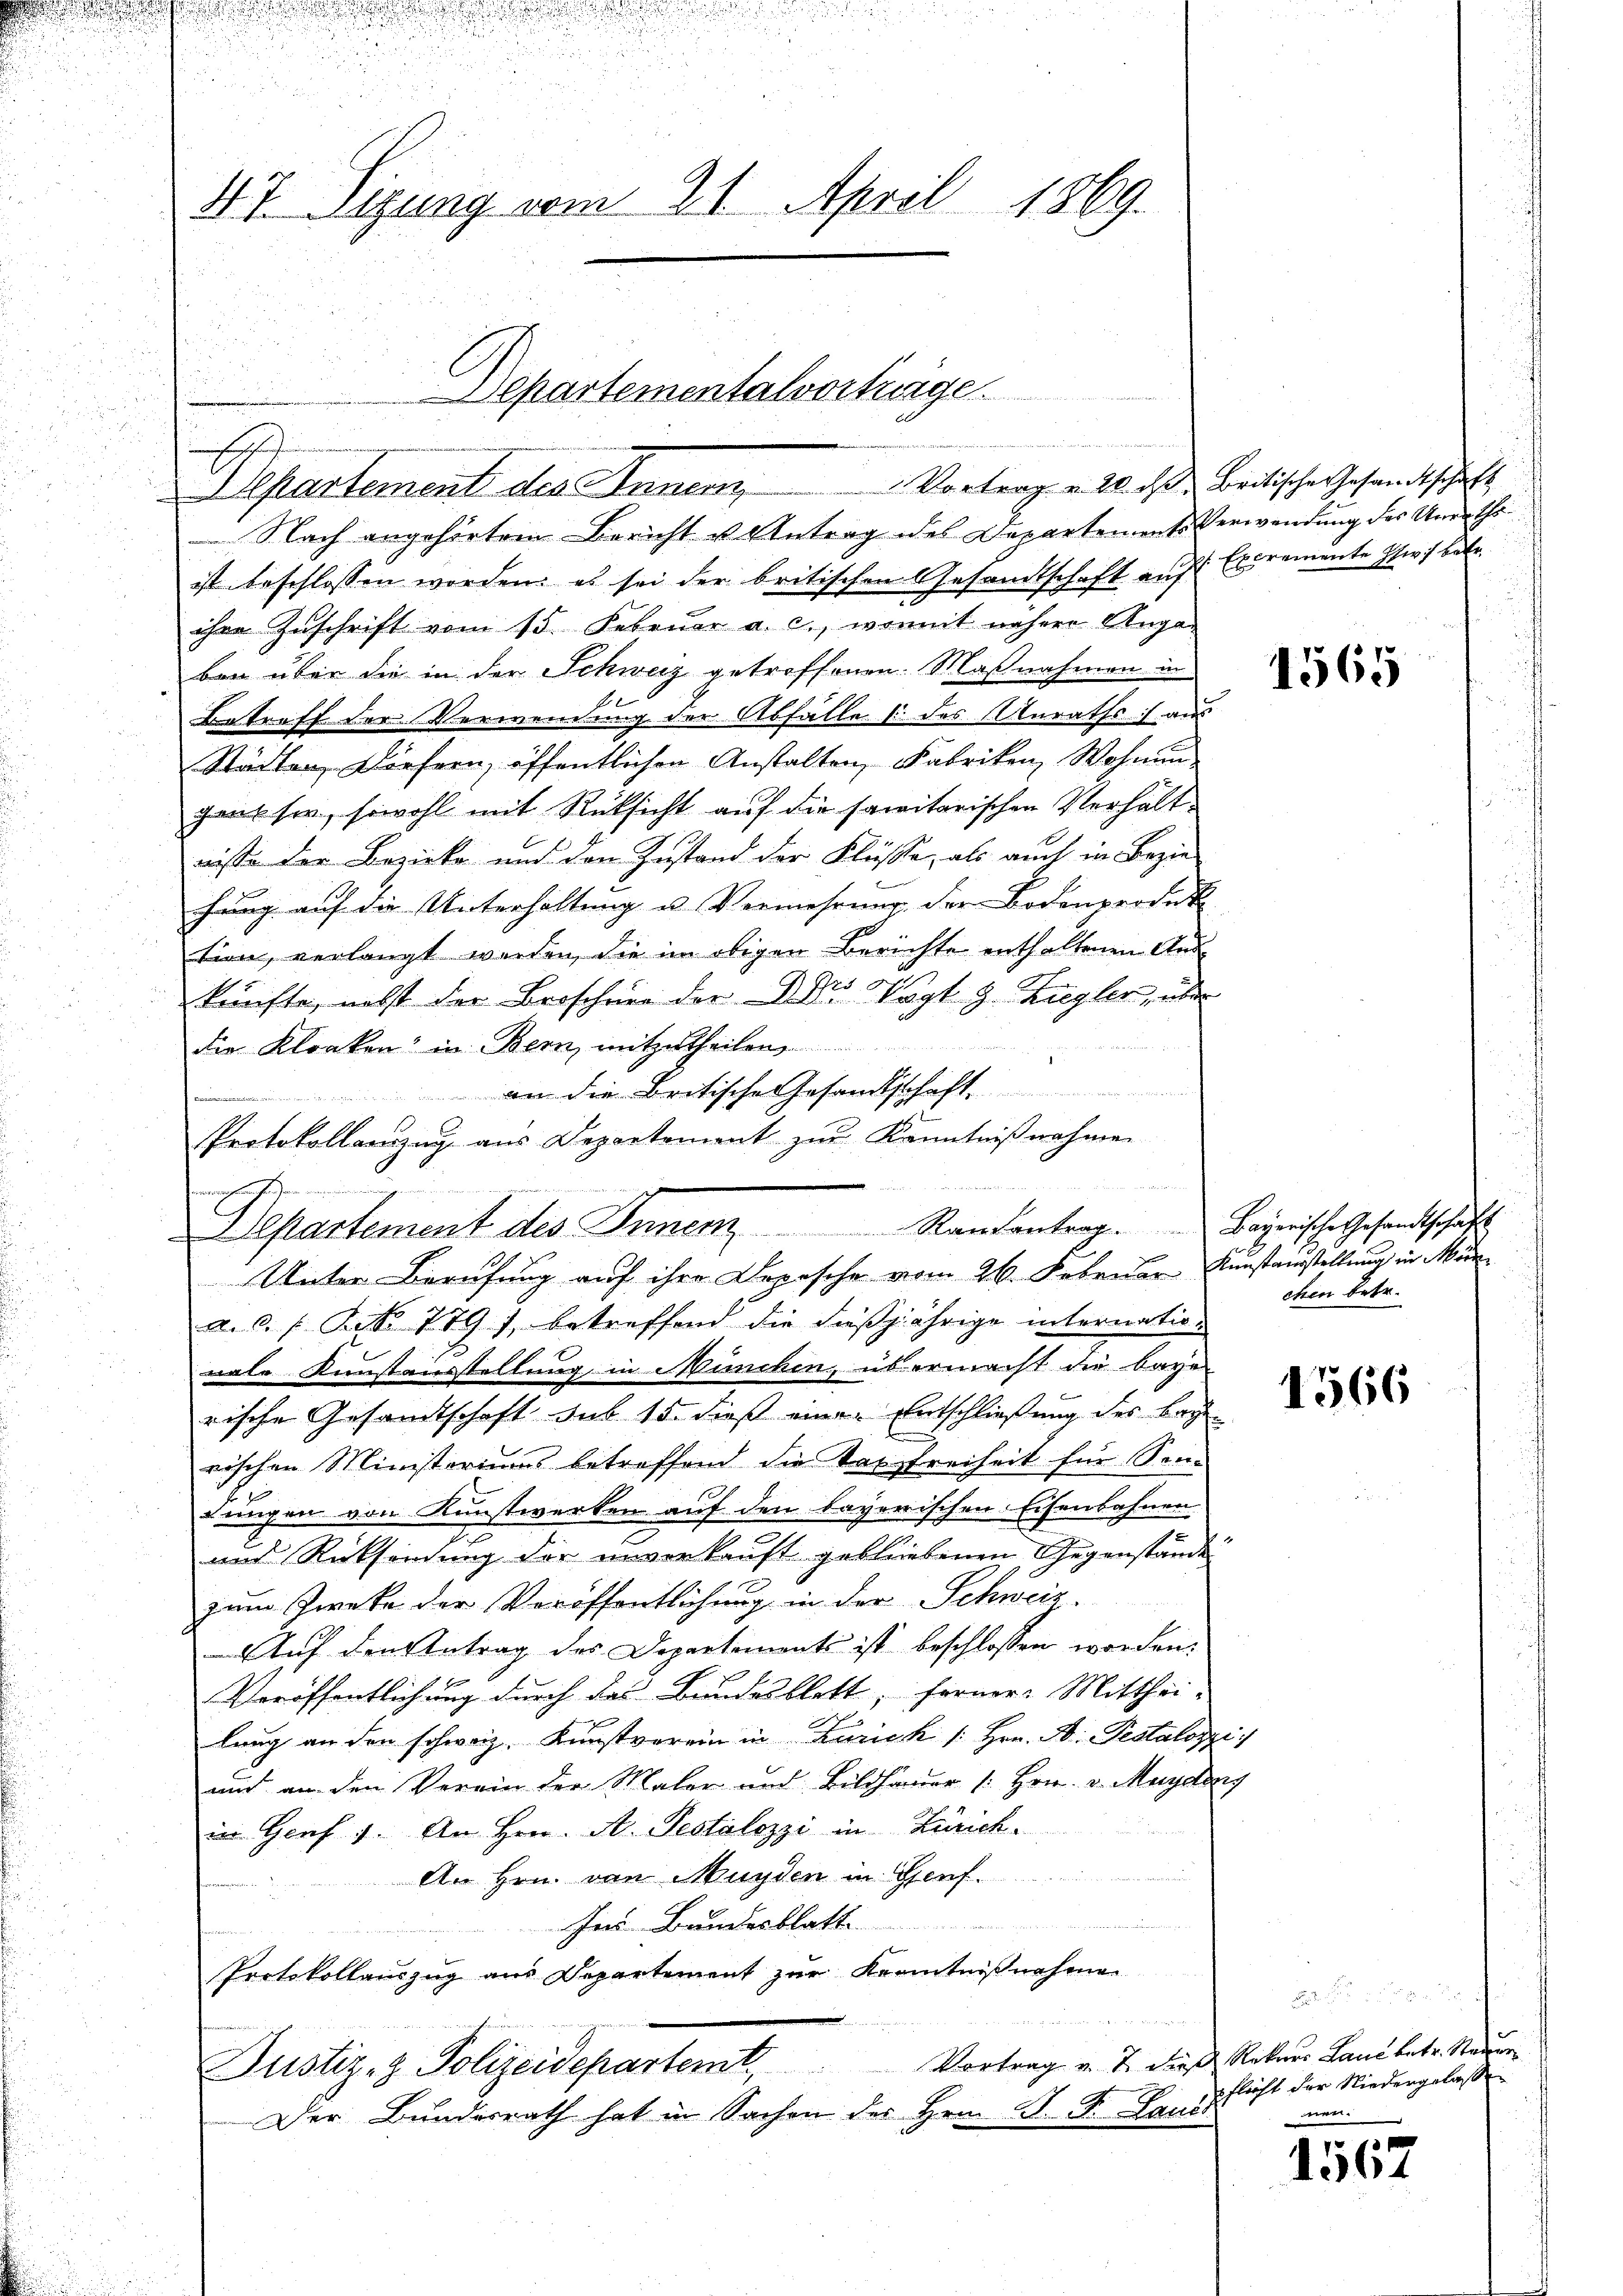
r
47. Sigung vom 21. April 1869.

u
Departement des Sanen

Nach angehörtem Bericht u Antrag des Departements Verwendung der Unrathsist beschlossen worden, es sei der britischen Gesandtschaft auf Expremente Ihm betr.
ihre Zuschrift vom 15. Februar a. c., womit nähere Ange-
ben über die in der Schweiz getroffenen Maßnahmen in
Betreff der Verwendung der Abfälle s. des Anraths aus
Städten, Dörfern, öffentlichen Anstalten, Fabriken, Wohnun
gausser, sowohl mit Rücksicht auf die sanitarischen Verhältnisse der Bezirke und den Zustand der Flüsse, als auch in Bezie
hung auf die Unterhaltung u. Vermehrung der Bodenproduk
tion, verlangt werden, die im obigen Berichte enthaltenen Aus¬
2
künfte, nebst der Broschung der Dr. Vogt z. Ziegler, über
die Kloaken in Bern, mitzutheilen
 an die Britische Gesandtschaft
Protokollanzug aus Departement zur Kenntnißnahmen
x
a. c. s. Art. 779 f. betreffend die dießjährige internation
nale Kunstensstellung in München, übermacht die baye
rische Gesandtschaft sub 15. dieß einen Entschließung des Bay
rischen Ministeriums betroffend die das Freiheit für Sen¬
Lungen von Kunstwerken auf den bayerischen Eisenbahnen
und Rücksendung der unverkauft gebliebenen Gegenstände
zum Zwecke der Veröffentlichung in der Schweiz.
Auf den Antrag des Departements ist beschlossen worden.
Veröffentlichung durch das Bundesblatt, ferner Mitthei-
lang an den schweiz. Kunstverein in Zürich / Hrn. A. Pestalozzi
und an den Verein der Maler und Bildhauer (: Hrn. v. Maydens
in Genf 1. An Hrn. A. Pestalozzi in Zürich¬
An Hrn. von Münden in Genf.
Ins Bundesblatt
u
Protokollauszug aus Departement zur Kenntnißnahmen
Justiz- & Polizeidepartem Vortrag v. J. diese Rekurs Land betr. Sauer
Der Bundesrath hat in Sachen des Hrn. D. Dr. Lands

mascheinen

Departement des Sanen Kantantrat. Bayerische Gesandtschaft
Unter Berufung auf ihre Depesche vom 26. Februar Kunstanstellung in Män¬

Departementalvorträge.

Vortrag u. 10 des Britische Gesandtschaft

1565

chen betr.

1566

x
flecht der Niedergelasse
men.

1567